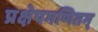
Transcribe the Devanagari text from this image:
प्रक्षेपगणितम्